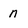
Character: n